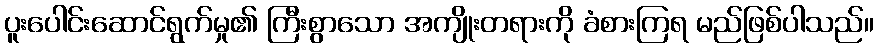
ပူးပေါင်းဆောင်ရွက်မှု၏ ကြီးစွာသော အကျိုးတရားကို ခံစားကြရ မည်ဖြစ်ပါသည်။